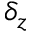
\delta _ { z }